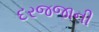
દરજજાની